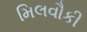
મિલવૌકી